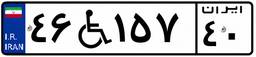
۴۸W۳۸۴۲۰